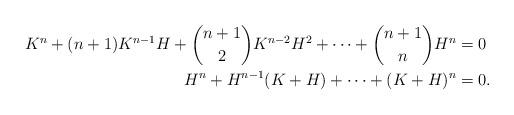
LaTeX: \begin{align*}K^n+(n+1)K^{n-1}H+\binom{n+1}{2}K^{n-2}H^2+\cdots+\binom{n+1}{n}H^n&=0\\H^n+H^{n-1}(K+H)+\cdots+(K+H)^n&=0.\end{align*}